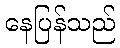
နေပြန်သည်